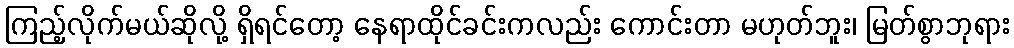
ကြည့်လိုက်မယ်ဆိုလို့ ရှိရင်တော့ နေရာထိုင်ခင်းကလည်း ကောင်းတာ မဟုတ်ဘူး၊ မြတ်စွာဘုရား